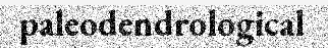
paleodendrological